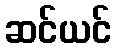
ဆင်ယင်